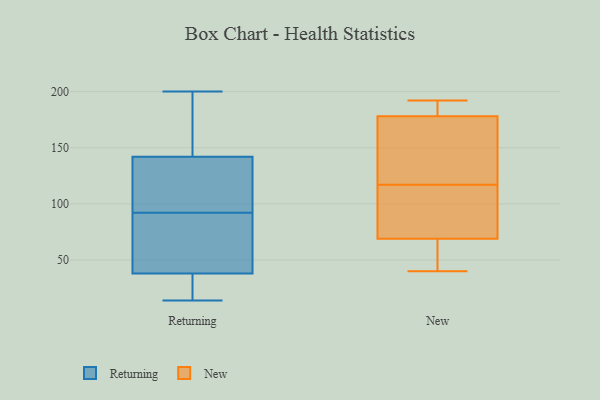
{"axis": {"x": "Backlog", "y": "Value"}, "legend": ["New", "Returning"], "data": [{"x": "", "y": 41, "type": "Returning"}, {"x": "", "y": 26, "type": "Returning"}, {"x": "", "y": 136, "type": "Returning"}, {"x": "", "y": 70, "type": "Returning"}, {"x": "", "y": 200, "type": "Returning"}, {"x": "", "y": 107, "type": "Returning"}, {"x": "", "y": 142, "type": "Returning"}, {"x": "", "y": 77, "type": "Returning"}, {"x": "", "y": 109, "type": "Returning"}, {"x": "", "y": 14, "type": "Returning"}, {"x": "", "y": 163, "type": "Returning"}, {"x": "", "y": 38, "type": "Returning"}, {"x": "", "y": 159, "type": "Returning"}, {"x": "", "y": 32, "type": "Returning"}, {"x": "", "y": 94, "type": "New"}, {"x": "", "y": 186, "type": "New"}, {"x": "", "y": 40, "type": "New"}, {"x": "", "y": 78, "type": "New"}, {"x": "", "y": 178, "type": "New"}, {"x": "", "y": 148, "type": "New"}, {"x": "", "y": 77, "type": "New"}, {"x": "", "y": 192, "type": "New"}, {"x": "", "y": 69, "type": "New"}, {"x": "", "y": 185, "type": "New"}, {"x": "", "y": 57, "type": "New"}, {"x": "", "y": 140, "type": "New"}, {"x": "", "y": 63, "type": "New"}, {"x": "", "y": 160, "type": "New"}]}